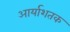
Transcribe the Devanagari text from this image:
आर्याशतक